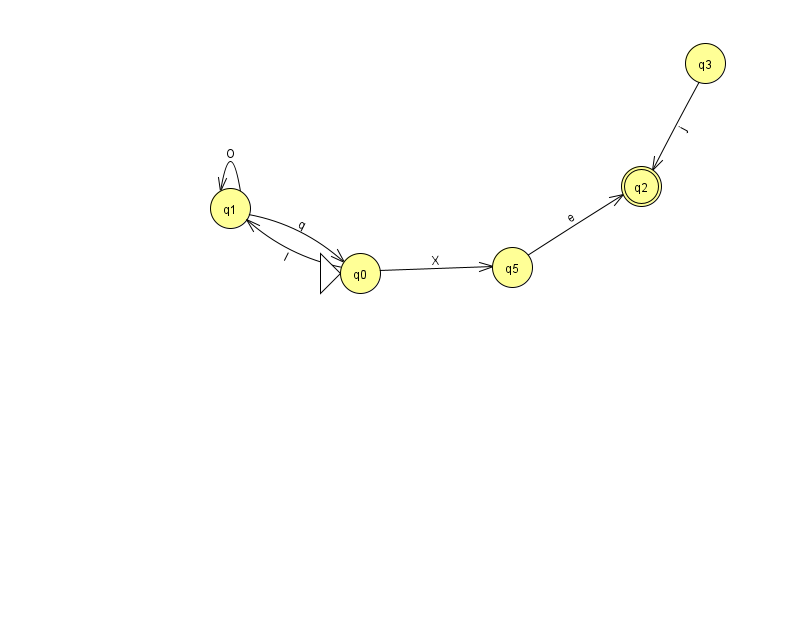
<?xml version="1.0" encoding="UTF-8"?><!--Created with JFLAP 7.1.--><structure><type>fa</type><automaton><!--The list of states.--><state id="0" name="q0"><x>360.0</x><y>260.0</y><initial/></state><state id="1" name="q1"><x>230.0</x><y>195.0</y></state><state id="2" name="q2"><x>641.0</x><y>173.0</y><final/></state><state id="3" name="q3"><x>705.0</x><y>50.0</y></state><state id="5" name="q5"><x>512.0</x><y>254.0</y></state><!--The list of transitions.--><transition><from>1</from><to>0</to><read>q</read></transition><transition><from>3</from><to>2</to><read>j</read></transition><transition><from>0</from><to>5</to><read>X</read></transition><transition><from>0</from><to>1</to><read>I</read></transition><transition><from>5</from><to>2</to><read>e</read></transition><transition><from>1</from><to>1</to><read>O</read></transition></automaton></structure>